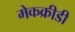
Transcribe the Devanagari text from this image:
मेकक्रीडी